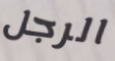
الرجل